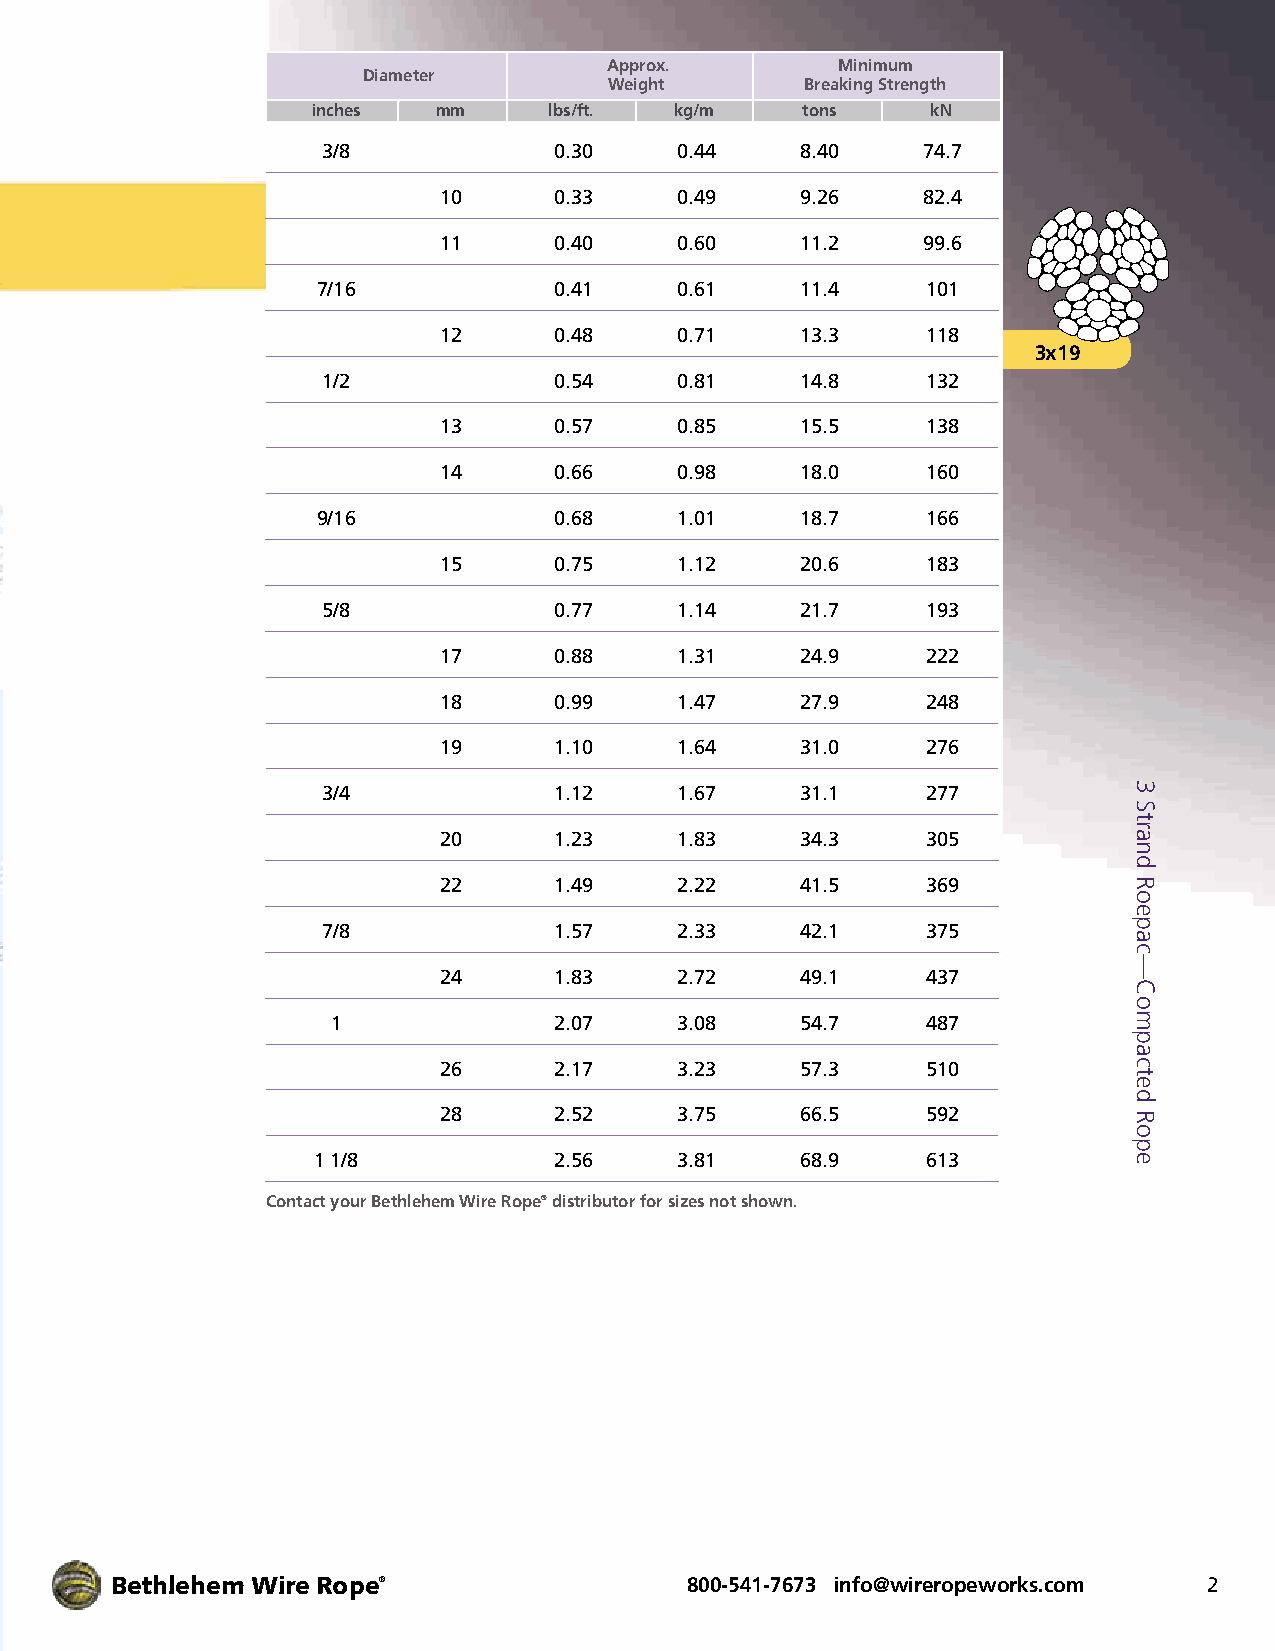
Diameter
 Approx.        Minimum
 Weight       Br e a k i n g S t r e ngth
 inches  mm     lbs/ft.  kg/m    tons     kN
 3/8             0.30    0.44    8.40    74.7
 10      0.33    0.49    9.26    82.4
 11      0.40    0.60    11.2    99.6
 7/16            0.41    0.61    11.4    101
 12      0.48    0.71    13.3    118
 3x19
 1/2             0.54    0.81    14.8    132
 13      0.57    0.85    15.5    138
 14      0.66    0.98    18.0    160
 9/16            0.68    1.01    18.7    166
 15      0.75    1.12    20.6    183
 5/8             0.77    1.14    21.7    193
 17      0.88    1.31    24.9    222
 18      0.99    1.47    27.9    248
 19      1.10    1.64    31.0    276
 3/4             1.12    1.67    31.1    277
 20      1.23    1.83    34.3    305
 22      1.49    2.22    41.5    369
 7/8             1.57    2.33    42.1    375
 24      1.83    2.72    49.1    437
 1              2.07    3.08    54.7    487
 26      2.17    3.23    57.3    510
 28      2.52    3.75    66.5    592
 1 1/8           2.56    3.81    68.9    613
 Contact your Bethlehem Wire Rope® distributor for sizes not shown.
 Bethlehem Wire Rope®                   800-541-7673 info@wireropeworks.com 2
 3
 Strand
 Roepac—Compacted
 Rope